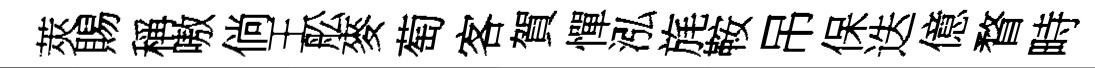
莢賜稱嗷倘王舩麥萄客賀憚泓旄鞍吊保迭億瞀畤